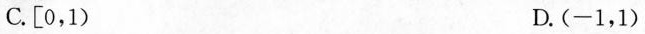
C\left [ 0,1 \right ) D.\left ( -1，1 \right )